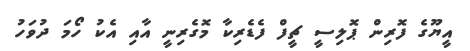
އީޔޫގެ ފޮރިން ޕޮލިސީ ޗީފް ފެޑެރިކާ މޮގެރިނީ އާއި އެކު ހޯމަ ދުވަހު